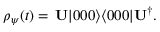
\begin{array} { r } { \rho _ { \psi } ( t ) = \, { \bf U } | 0 0 0 \rangle \langle 0 0 0 | { \bf U } ^ { \dag } . } \end{array}